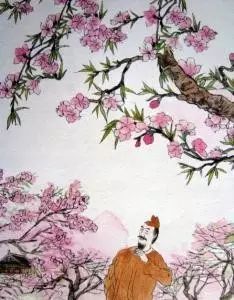
长恨春归无觅处，不知转入此中来。